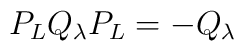
P_L Q_{\lambda} P_L = - Q_{\lambda}